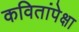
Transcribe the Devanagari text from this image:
कवितांपेक्षा